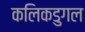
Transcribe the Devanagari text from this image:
कलिकडुगल